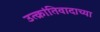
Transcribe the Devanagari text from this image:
उत्क्रांतिवादाच्या